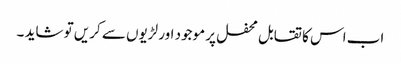
اب اس کا تقابل محفل پر موجود اور لڑیوں سے کریں تو شاید ۔